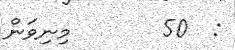
:  50       މިނިވަން